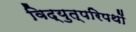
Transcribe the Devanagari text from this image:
विद्युत्परिपथों